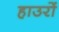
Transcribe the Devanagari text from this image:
हाउरों